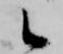
候